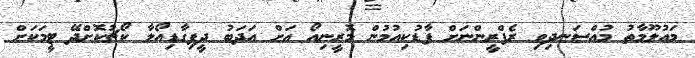
މައުލޫމާތު މުއްސަނދިވި ރެފްރީންނަށް ފާޑުކިއުމުން މޮރީނިއޯ އަށް އަދަބު ދީފިގާޑިއޯލާ ކޯޗުކޮށްދޭ ޓީމަކަށް